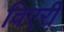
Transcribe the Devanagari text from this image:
विएरी